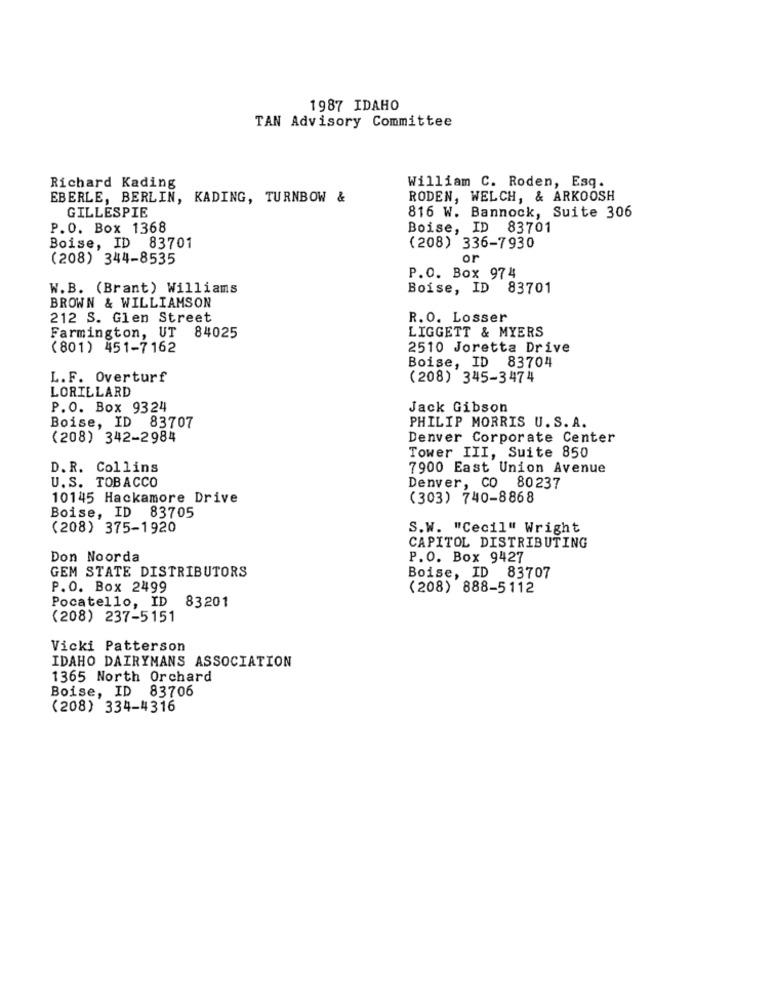
1987 IDAHO
TAN Advisory Committee
Richard Kading
William C. Roden, Esq.
EBERLE, BERLIN,
KADING, TURNBOW &
RODEN, WELCH, & ARKOOSH
GILLESPIE
816 W. Bannock, Suite 306
P.O. Box 1368
Boise, ID 83701
Boise, ID 83701
(208) 336-7930
(208) 344-8535
or
P.O. Box 974
W.B. (Brant) Williams
Boise, ID 83701
BROWN & WILLIAMSON
212 S. Gien Street
R.O. Losser
Farmington, UT 84025
LIGGETT & MYERS
(801) 451-7162
2510 Joretta Drive
Boise, ID 83704
L.F. Overturf
(208) 345-3474
LORILLARD
P.O. Box 9324
Jack Gibson
Boise, ID 83707
PHILIP MORRIS U.S. A.
(208) 342-2984
Denver Corporate Center
Tower III, Suite 850
D.R. Collins
7900 East Union Avenue
U.S. TOBACCO
Denver, CO 80237
10145 Hackamore Drive
(303) 740-8868
Boise, ID 83705
(208) 375-1920
S.W. "Cecil" Wright
CAPITOL DISTRIBUTING
Don Noorda
P.O. Box 9427
GEM STATE DISTRIBUTORS
Boise, ID 83707
P.O. Box 2499
(208) 888-5112
Pocatello, ID
83201
(208) 237-5151
Vicki Patterson
IDAHO DAIRYMANS ASSOCIATION
1365 North Orchard
Boise, ID 83706
(208) 334-4316